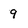
Character: 9